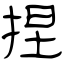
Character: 捏